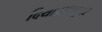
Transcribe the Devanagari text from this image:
दिया।अक्टूबर